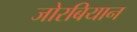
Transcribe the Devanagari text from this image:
जोरबियान